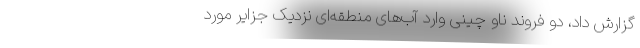
گزارش داد، دو فروند ناو چینی وارد آب‌های منطقه‌ای نزدیک جزایر مورد